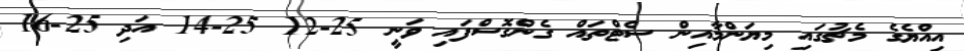
އިއްޔެގެ މެޗުގައި މިޔަންމާއިން ސެޓްތައް ގެންގޮސްފައި ވަނީ 25-12 25-14 އަދި 25-16